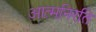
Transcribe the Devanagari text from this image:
आत्मनिरति